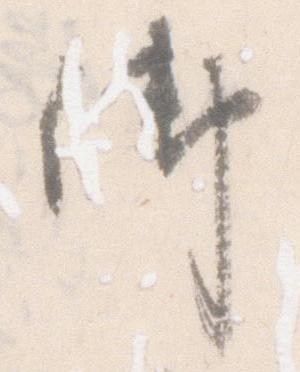
御